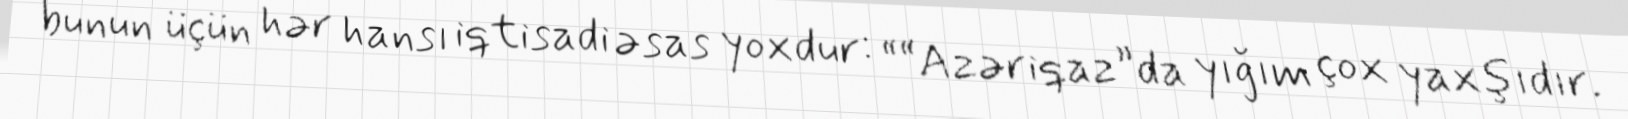
bunun üçün hər hansı iqtisadi əsas yoxdur: ““Azəriqaz”da yığım çox yaxşıdır.